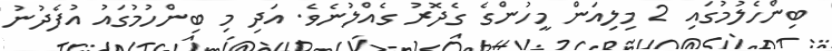
ބިންހެލުމުގައި 2 މިލިއަން މީހުންގެ ގެދޮރު ގެއްލުނެވެ. އަދި މި ބިންހުމުގައު އުފެދުނު